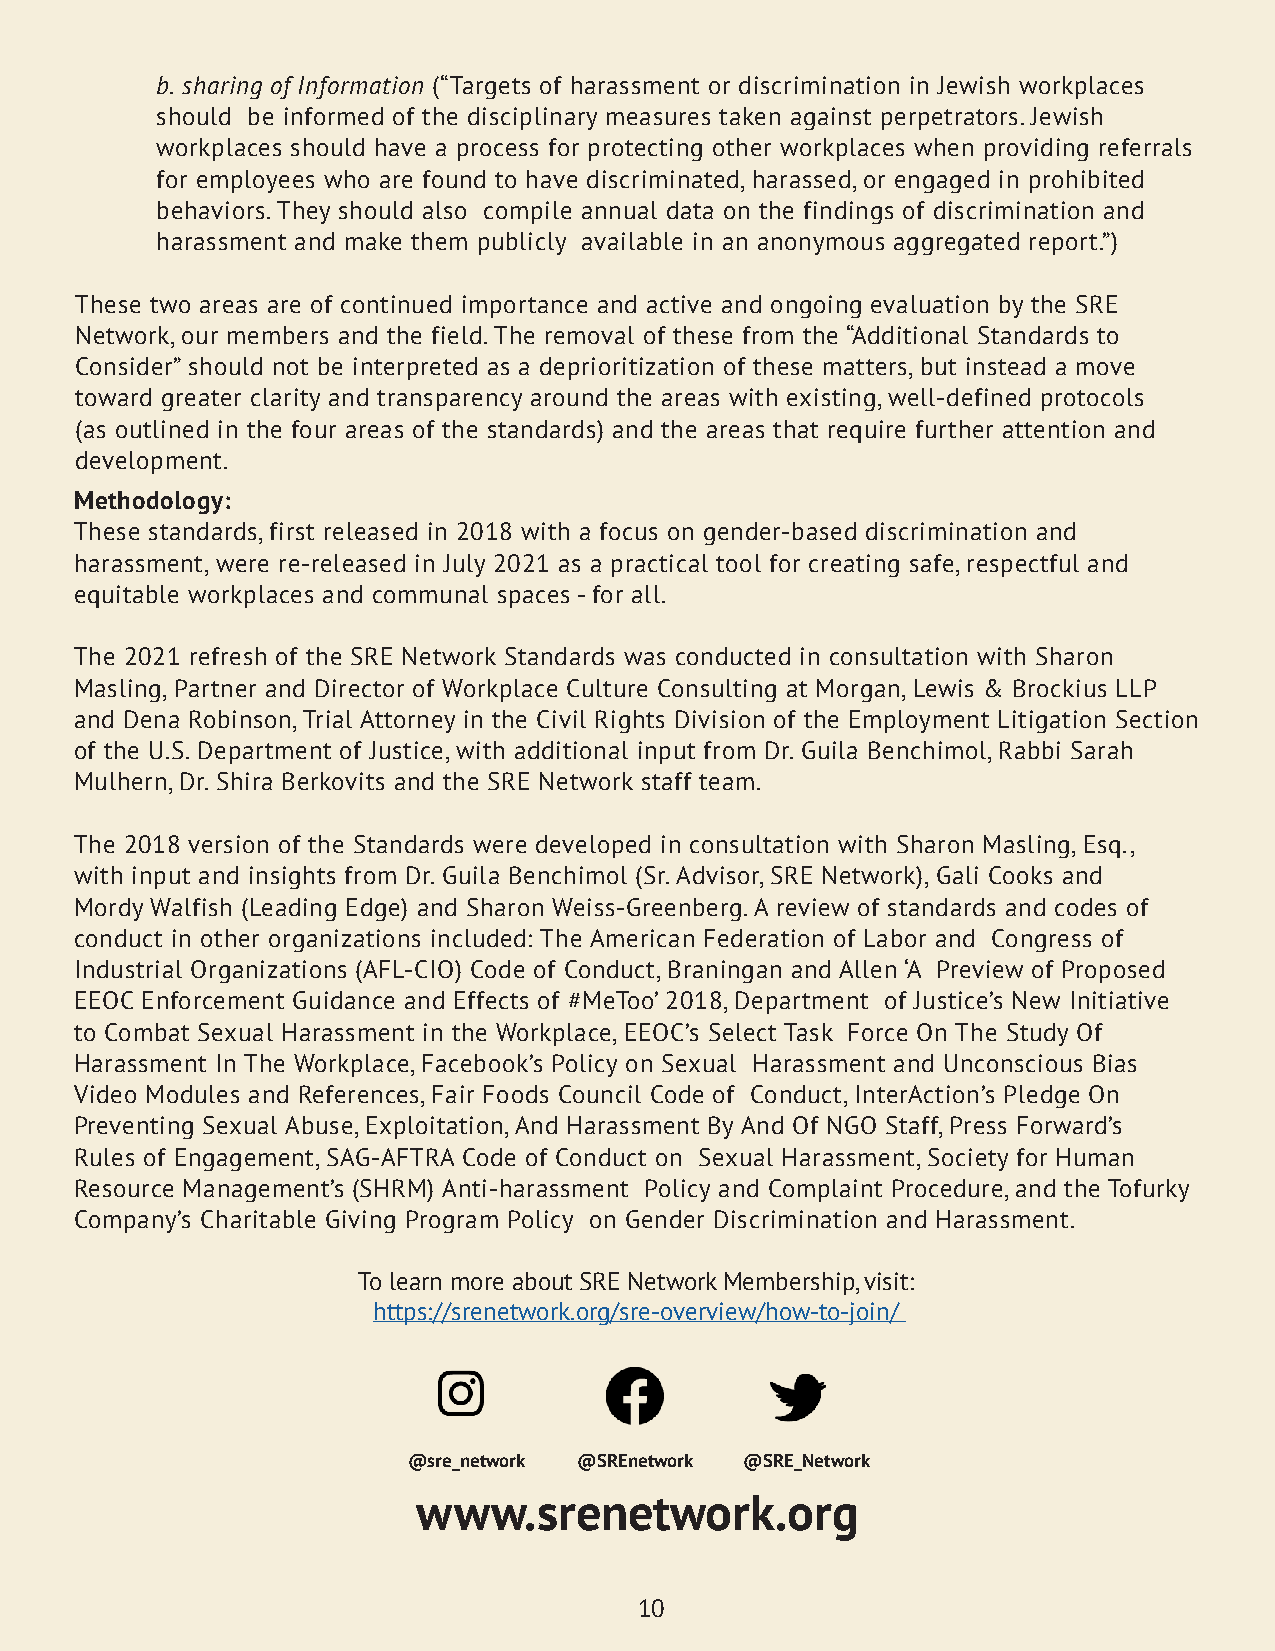
b. sharing of Information (“Targets of harassment or discrimination in Jewish workplaces
 should be informed of the disciplinary measures taken against perpetrators. Jewish
 workplaces should have a process for protecting other workplaces when providing referrals
 for employees who are found to have discriminated, harassed, or engaged in prohibited
 behaviors. They should also compile annual data on the findings of discrimination and
 harassment and make them publicly available in an anonymous aggregated report.”)
 These two areas are of continued importance and active and ongoing evaluation by the SRE
 Network, our members and the field. The removal of these from the “Additional Standards to
 Consider” should not be interpreted as a deprioritization of these matters, but instead a move
 toward greater clarity and transparency around the areas with existing, well-defined protocols
 (as outlined in the four areas of the standards) and the areas that require further attention and
 development.
 Methodology:
 These standards, first released in 2018 with a focus on gender-based discrimination and
 harassment, were re-released in July 2021 as a practical tool for creating safe, respectful and
 equitable workplaces and communal spaces - for all.
 The 2021 refresh of the SRE Network Standards was conducted in consultation with Sharon
 Masling, Partner and Director of Workplace Culture Consulting at Morgan, Lewis & Brockius LLP
 and Dena Robinson, Trial Attorney in the Civil Rights Division of the Employment Litigation Section
 of the U.S. Department of Justice, with additional input from Dr. Guila Benchimol, Rabbi Sarah
 Mulhern, Dr. Shira Berkovits and the SRE Network staff team.
 The 2018 version of the Standards were developed in consultation with Sharon Masling, Esq.,
 with input and insights from Dr. Guila Benchimol (Sr. Advisor, SRE Network), Gali Cooks and
 Mordy Walfish (Leading Edge) and Sharon Weiss-Greenberg. A review of standards and codes of
 conduct in other organizations included: The American Federation of Labor and Congress of
 Industrial Organizations (AFL-CIO) Code of Conduct, Braningan and Allen ‘A Preview of Proposed
 EEOC Enforcement Guidance and Effects of #MeToo’ 2018, Department of Justice’s New Initiative
 to Combat Sexual Harassment in the Workplace, EEOC’s Select Task Force On The Study Of
 Harassment In The Workplace, Facebook’s Policy on Sexual Harassment and Unconscious Bias
 Video Modules and References, Fair Foods Council Code of Conduct, InterAction’s Pledge On
 Preventing Sexual Abuse, Exploitation, And Harassment By And Of NGO Staff, Press Forward’s
 Rules of Engagement, SAG-AFTRA Code of Conduct on Sexual Harassment, Society for Human
 Resource Management’s (SHRM) Anti-harassment Policy and Complaint Procedure, and the Tofurky
 Company’s Charitable Giving Program Policy on Gender Discrimination and Harassment.
 To learn more about SRE Network Membership, visit:
 https://srenetwork.org/sre-overview/how-to-join/
 @sre_network @SREnetwork @SRE_Network
 www.srenetwork.org
 10